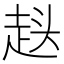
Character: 𮚷